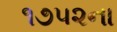
૧૭૫૨ના